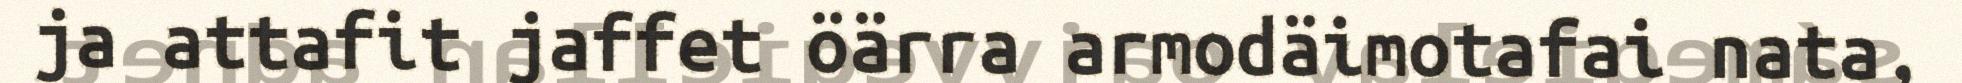
ja attafit jaffet öärra armodäimotafai nata,